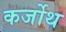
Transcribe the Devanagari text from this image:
कर्जोथ